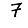
Digit: 7